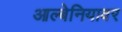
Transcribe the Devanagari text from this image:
आल्बेनियावर